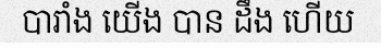
បារាំង យើង បាន ដឹង ហើយ